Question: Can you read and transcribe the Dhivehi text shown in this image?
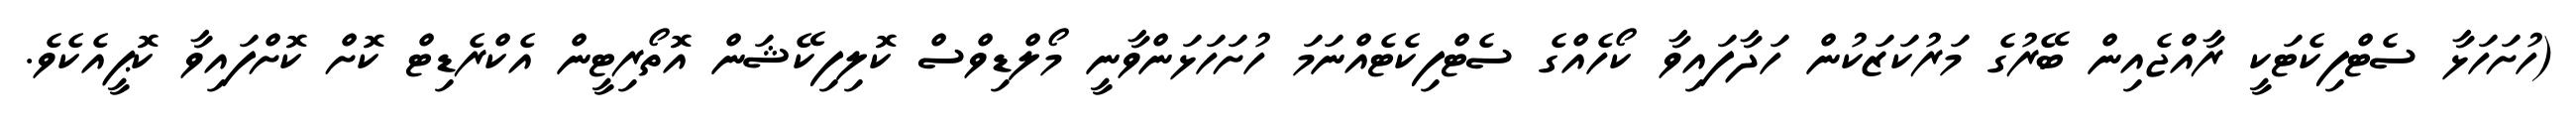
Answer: (ހުށަހަޅާ ސެޓްފިކެޓަކީ ރާއްޖެއިން ބޭރުގެ މަރުކަޒަކުން ހަދާފައިވާ ކޯހެއްގެ ސެޓްފިކެޓެއްނަމަ ހުށަހަޅަންވާނީ މޯލްޑިވްސް ކޮލިފިކޭޝަން އޮތޯރިޓީން އެކްރެޑިޓް ކޮށް ކޮށްފައިވާ ކޮޕީއެކެވެ.